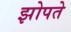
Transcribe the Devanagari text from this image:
झोपते